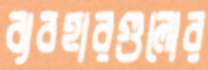
ব্যবহারগুলোর